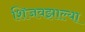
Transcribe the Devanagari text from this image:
शिजवझाल्या